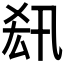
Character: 𠫲